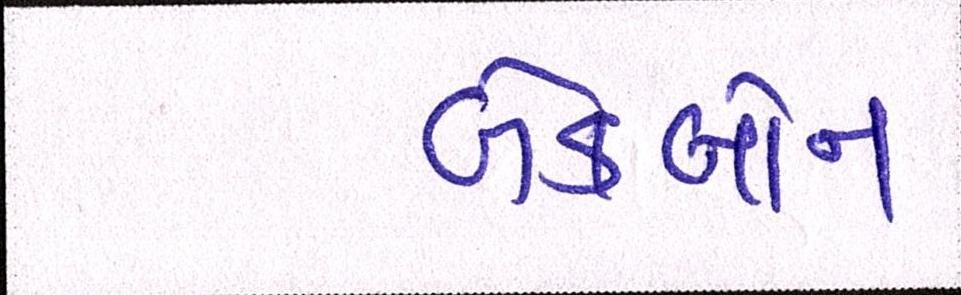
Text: બેકબોન